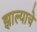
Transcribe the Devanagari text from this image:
झाल्‍याचे